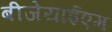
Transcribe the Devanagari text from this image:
बीजेयाईएम